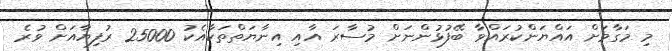
މި މަގާމަށް އައްޔަންކުރައްވާ ބޭފުޅުންނަށް މުސާރަ އާއި އިނާޔަތްތަކާއެކު 25000 ރުފިޔާއަށް ވުރެ